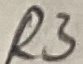
Text: R3